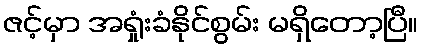
ဇင့်မှာ အရှုံးခံနိုင်စွမ်း မရှိတော့ပြီ။